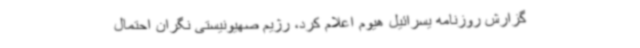
گزارش روزنامه یسرائیل هیوم اعلام کرد، رژیم صهیونیستی نگران احتمال